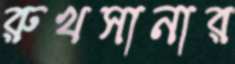
রুখসানার